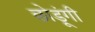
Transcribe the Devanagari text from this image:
छोडूंगी